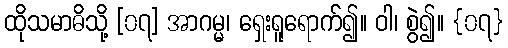
ထိုသမာဓိသို့ [၀၇] အာဂမ္မ၊ ရှေးရူရောက်၍။ ဝါ၊ စွဲ၍။ {၀၇}